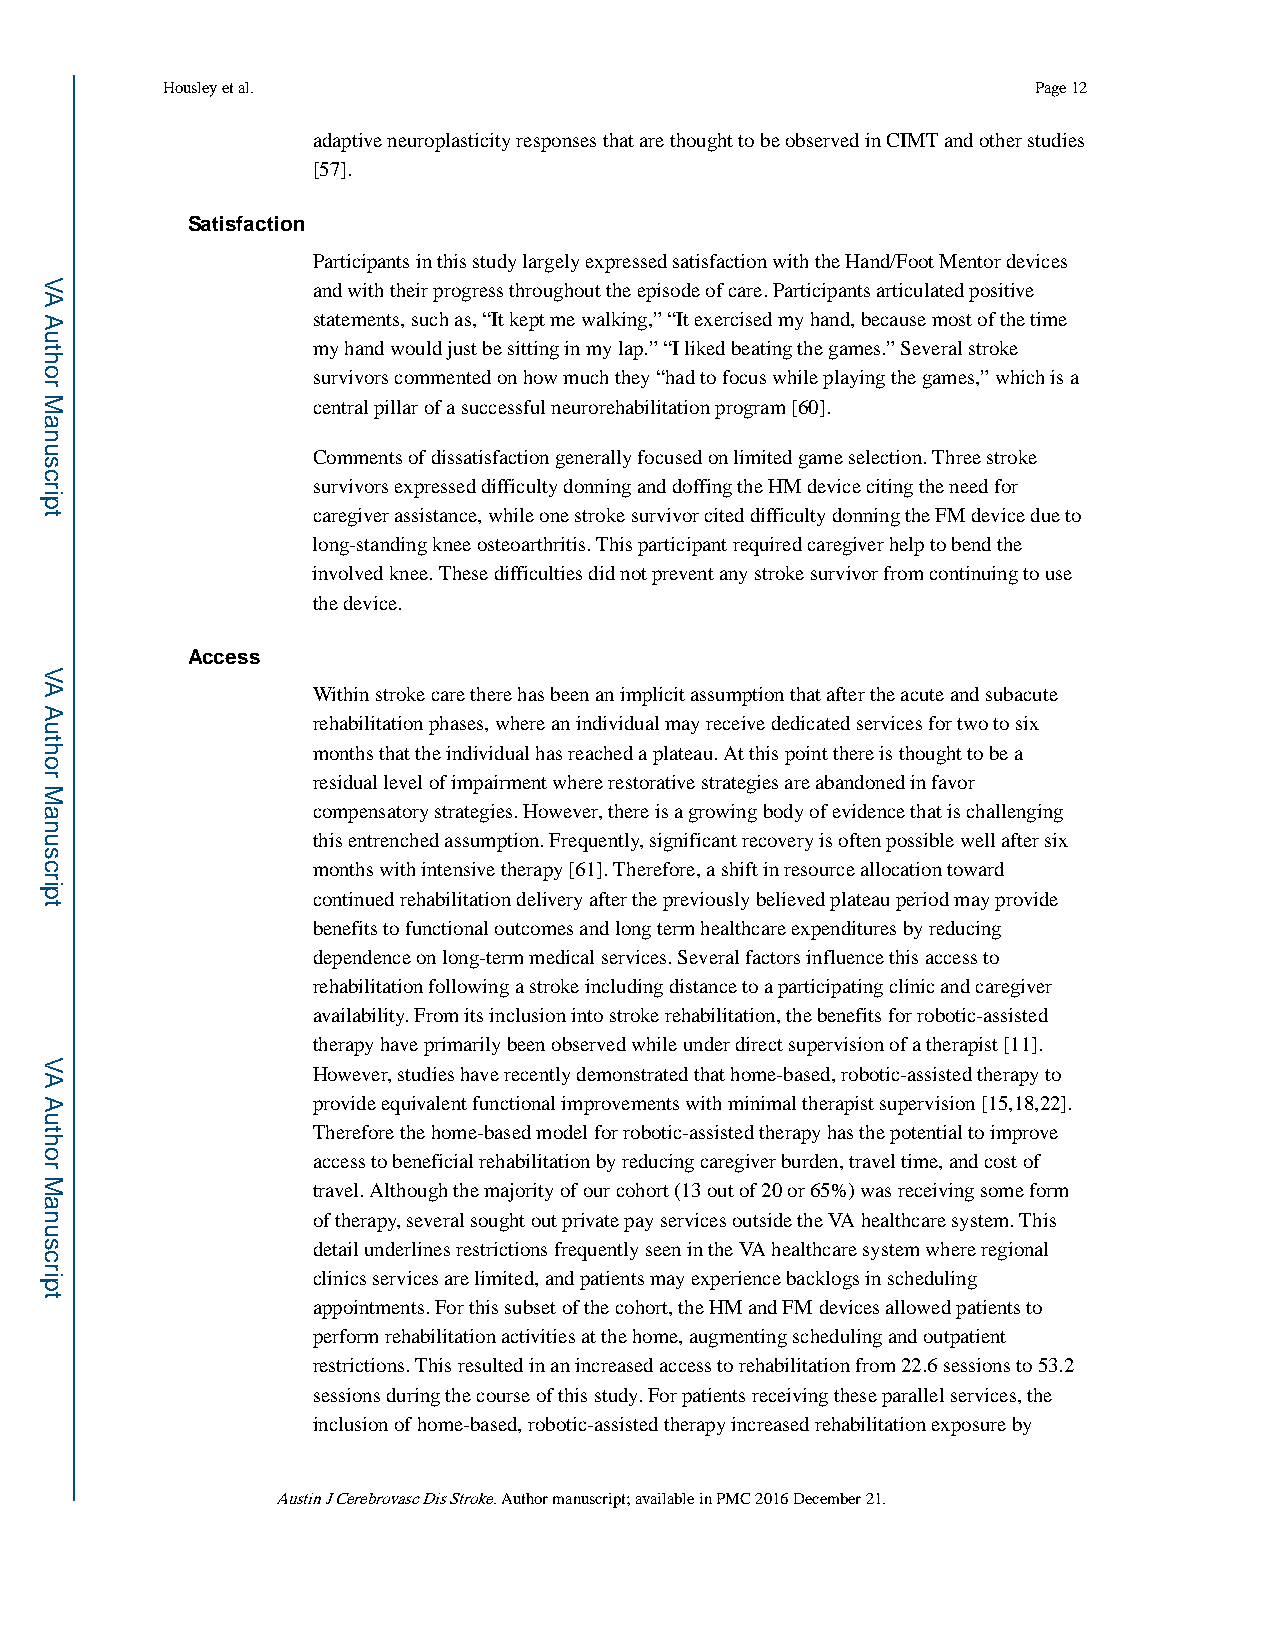
Housley et al.                                           Page 12
 adaptive neuroplasticity responses that are thought to be observed in CIMT and other studies
 [57].
 Satisfaction
 Participants in this study largely expressed satisfaction with the Hand/Foot Mentor devices
 and with their progress throughout the episode of care. Participants articulated positive
 statements, such as, “It kept me walking,” “It exercised my hand, because most of the time
 my hand would just be sitting in my lap.” “I liked beating the games.” Several stroke
 survivors commented on how much they “had to focus while playing the games,” which is a
 central pillar of a successful neurorehabilitation program [60].
 Comments of dissatisfaction generally focused on limited game selection. Three stroke
 survivors expressed difficulty donning and doffing the HM device citing the need for
 caregiver assistance, while one stroke survivor cited difficulty donning the FM device due to
 long-standing knee osteoarthritis. This participant required caregiver help to bend the
 involved knee. These difficulties did not prevent any stroke survivor from continuing to use
 the device.
 Access
 Within stroke care there has been an implicit assumption that after the acute and subacute
 rehabilitation phases, where an individual may receive dedicated services for two to six
 months that the individual has reached a plateau. At this point there is thought to be a
 residual level of impairment where restorative strategies are abandoned in favor
 compensatory strategies. However, there is a growing body of evidence that is challenging
 this entrenched assumption. Frequently, significant recovery is often possible well after six
 months with intensive therapy [61]. Therefore, a shift in resource allocation toward
 continued rehabilitation delivery after the previously believed plateau period may provide
 benefits to functional outcomes and long term healthcare expenditures by reducing
 dependence on long-term medical services. Several factors influence this access to
 rehabilitation following a stroke including distance to a participating clinic and caregiver
 availability. From its inclusion into stroke rehabilitation, the benefits for robotic-assisted
 therapy have primarily been observed while under direct supervision of a therapist [11].
 However, studies have recently demonstrated that home-based, robotic-assisted therapy to
 provide equivalent functional improvements with minimal therapist supervision [15,18,22].
 Therefore the home-based model for robotic-assisted therapy has the potential to improve
 access to beneficial rehabilitation by reducing caregiver burden, travel time, and cost of
 travel. Although the majority of our cohort (13 out of 20 or 65%) was receiving some form
 of therapy, several sought out private pay services outside the VA healthcare system. This
 detail underlines restrictions frequently seen in the VA healthcare system where regional
 clinics services are limited, and patients may experience backlogs in scheduling
 appointments. For this subset of the cohort, the HM and FM devices allowed patients to
 perform rehabilitation activities at the home, augmenting scheduling and outpatient
 restrictions. This resulted in an increased access to rehabilitation from 22.6 sessions to 53.2
 sessions during the course of this study. For patients receiving these parallel services, the
 inclusion of home-based, robotic-assisted therapy increased rehabilitation exposure by
 Austin J Cerebrovasc Dis Stroke. Author manuscript; available in PMC 2016 December 21.
 VA
 Author
 Manuscript
 VA
 Author
 Manuscript
 VA
 Author
 Manuscript